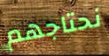
نحتاجهم